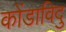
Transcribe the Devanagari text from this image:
कोंडाविदु